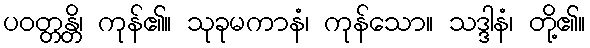
ပဝတ္တန္တိ၊ ကုန်၏။ သုခုမကာနံ၊ ကုန်သော။ သဒ္ဒါနံ၊ တို့၏။